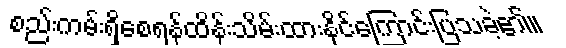
စည်းကမ်းရှိစေရန်ထိန်းသိမ်းထားနိုင်ကြောင်းပြသခဲ့၏။